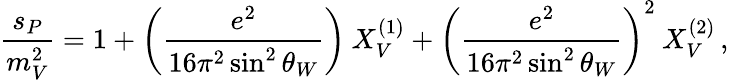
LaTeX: \frac{s_{P}}{m_{V}^{2}}=1+\left(\frac{e^{2}}{16\pi^{2}\sin^{2}\theta_{W}}\right)\: X_{V}^{(1)}+\left(\frac{e^{2}}{16\pi^{2}\sin^{2}\theta_{W}}\right)^{2}\: X_{V}^{(2)}\, ,